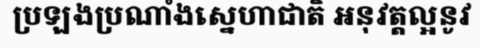
ប្រឡងប្រណាំងស្នេហាជាតិ អនុវត្តល្អនូវ